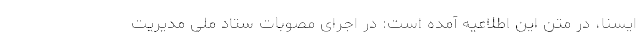
ایسنا، در متن این اطلاعیه آمده است: در اجرای مصوبات ستاد ملی مدیریت